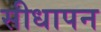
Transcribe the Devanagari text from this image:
सीधापन